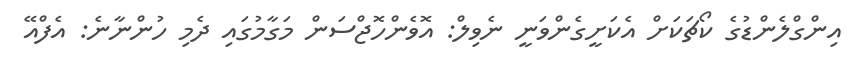
އިންގްލެންޑުގެ ކޯޗަކަށް އެކަށީގެންވަނީ ނެވިލް: އޮވެންހޮޖްސަން މަގާމުގައި ދެމި ހުންނާނެ: އެފްއޭ